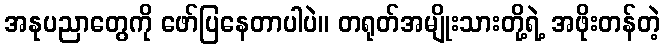
အနုပညာတွေကို ဖော်ပြနေတာပါပဲ။ တရုတ်အမျိုးသားတို့ရဲ့ အဖိုးတန်တဲ့